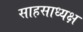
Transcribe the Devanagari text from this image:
साहसाध्यक्ष